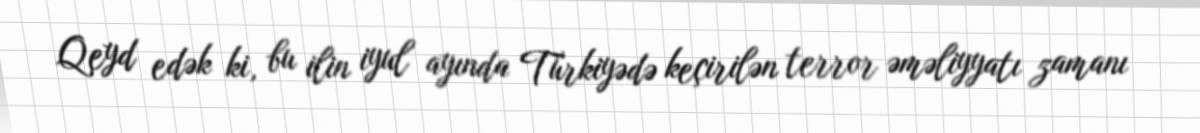
Qeyd edək ki, bu ilin iyul ayında Türkiyədə keçirilən terror əməliyyatı zamanı